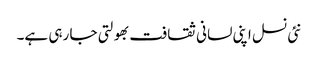
نئی نسل اپنی لسانی ثقافت بھولتی جا رہی ہے۔